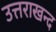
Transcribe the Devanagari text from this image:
उत्तराखन्द